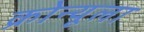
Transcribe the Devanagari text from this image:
क्रोन्यूला